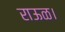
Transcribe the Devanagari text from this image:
राऊळ।